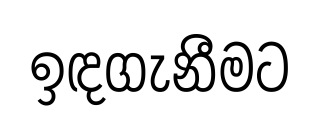
ඉඳගැනීමට